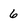
Character: 6